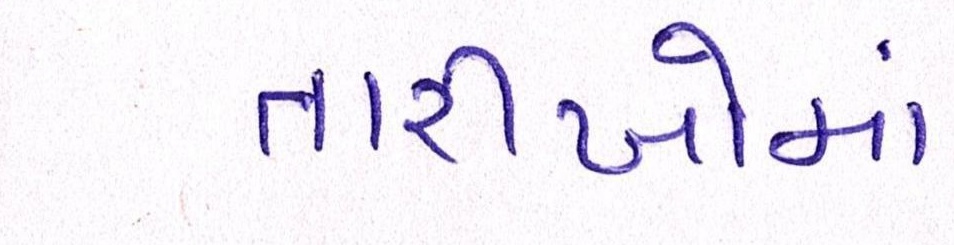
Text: તારીખોમાં